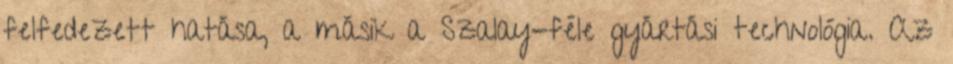
felfedezett hatása, a másik a Szalay-féle gyártási technológia. Az